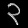
Digit: ၃